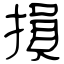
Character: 損